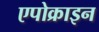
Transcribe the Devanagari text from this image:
एपोक्राइन